Lunatic asylums Punjab 1911-1921 - 1911-1921
Year: 1911
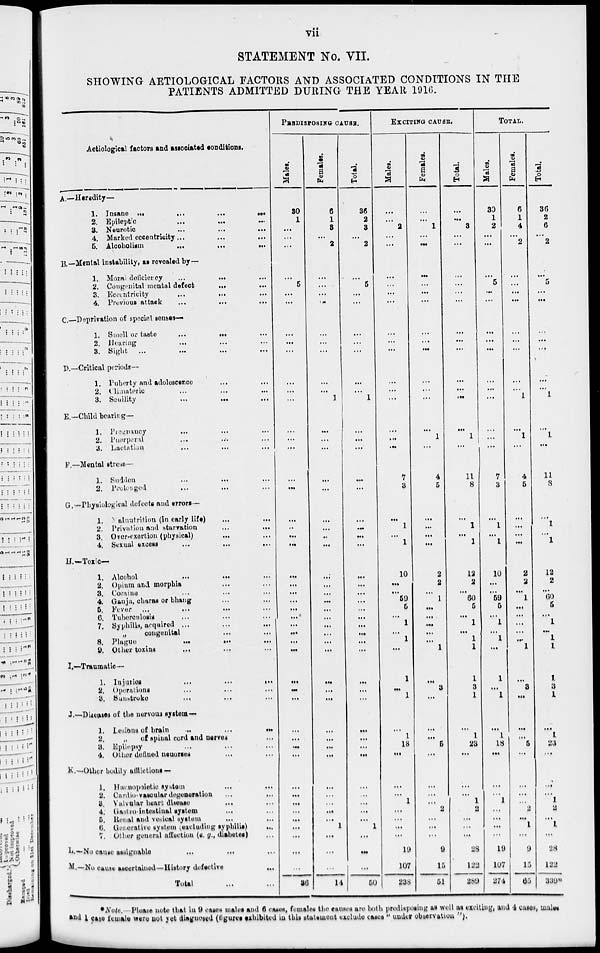
vii
STATEMENT No. VII.
SHOWING AETIOLOGICAL FACTORS AND ASSOCIATED CONDITIONS IN THE
PATIENTS ADMITTED DURING THE YEAR 1916.
Aetiological factors and associated conditions.
A.—Heredity—
1. Insane ... ... ... ...
2. Epileptic
...
...
...
3. Neurotic
...
...
...
4. Marked eccentricity ... ... ...
6. Alcoholism
...
...
...
B.—Mental instability, as revealed by—
1. Moral deficiency
... ... ...
2. Congenital mental defect
...
...
3. Eccentricity
...
...
...
4. Previous attack
...
...
...
C.—Deprivation of special senses—
1. Smell or taste
...
...
...
2. Hearing ... ... ...
3. Sight ...
...
...
...
D.—Critical periods —
1. Puberty and adoloscence ... ... ...
2. Climateric ... ... ...
3. Seuility
...
...
...
E.—Child bearing —
1. Pregnancy
... ... ...
2. Puerperal ... ... ...
3. Lactation
...
...
...
F. —Mental stress—
1. Sudden
...
...
...
2. Prolonged
...
...
...
G.—Physiological defects and errors —
1. Nalnutrition (in early life)
...
...
2. Privation and starvation
...
...
3. Over-exertion (physical) ... ...
4. Sexual excess
...
...
...
H.—Toxic —
1. Alcohol
...
...
...
2. Opium and morphia ... ... ...
3. Cocaine ... ... ...
4. Gauja, charas or bhang ... ... ...
5. Fever
...
...
...
6. Tuberculosis
...
...
...
7. Syphilis, acquired
...
...
...
„ congenital ... ...
8. Plague
...
...
...
9. Other toxins
...
...
...
I.—Traumatic —
1. Injuries
...
...
...
2. Operations ... ... ...
3. Sunstroke
...
...
...
J.—Diseases of the nervous system––
1. Lesians of brain
...
...
...
2.
„
of spinal cord and nerves ...
3. Epilepsy ... ... ...
4. Other defined neuorses ... ...
K.–– Other bodily afflictions —
1. Hæmnopoietic system
...
...
2. Cardio-vascular degeneration ...
...
3. Valvular heart disease
...
...
4. Gastro-intestinal system
...
5. Renal and vesical system
...
6. Generative system (excluding syphilis)
...
7. Other general affection (e. g., disbetes)
L.––No cause assignable
...
...
...
M.—No cause ascertained—History defective
...
Total ... ...
PREDISPOSING CAUSE.
Males.
30
1
...
...
...
...
5
...
...
...
...
...
...
...
...
...
...
...
...
...
...
...
...
...
...
...
...
...
...
...
...
...
...
...
...
...
...
...
...
...
...
...
...
...
...
...
...
...
...
...
36
Females.
6
1
3
...
2
...
...
...
...
...
...
...
...
1
...
...
...
...
...
...
...
...
...
...
...
...
...
...
...
...
...
...
...
...
...
...
...
...
...
...
...
...
...
...
...
1
...
...
...
14
Total.
36
2
3
...
2
...
5
...
...
...
...
...
...
...
1
...
...
...
...
...
...
...
...
...
...
...
...
...
...
...
...
...
...
...
...
...
...
...
...
...
...
...
...
...
...
1
...
...
...
50
EXCITING CAUSE.
Males.
...
...
2
...
...
...
...
...
...
...
...
...
...
...
...
...
...
...
7
3
...
1
...
1
10
...
...
59
5
...
1
...
1
...
1
...
1
...
1
18
...
...
...
1
...
...
...
...
19
107
238
Females.
...
...
1
...
...
...
...
...
...
...
...
...
...
...
...
...
1
...
4
5
...
...
...
...
2
2
...
1
...
...
...
...
...
1
...
3
...
...
...
6
...
...
...
...
2
...
...
...
9
15
51
Total.
...
...
3
...
...
...
...
...
...
...
...
...
...
...
...
...
1
...
11
8
...
1
...
1
12
2
...
60
5
...
1
...
1
1
1
3
1
...
1
23
...
...
...
1
2
...
...
...
28
122
289
TOTAL.
Males.
30
1
2
...
...
...
5
...
...
...
...
...
...
...
...
...
...
...
7
3
...
1
...
1
10
...
...
59
5
...
1
...
1
...
1
...
1
...
1
18
...
...
...
1
...
...
...
...
19
107
274
Females.
6
1
4
...
2
...
...
...
...
...
...
...
...
...
1
...
1
...
4
5
...
...
...
...
2
2
...
1
...
...
...
...
...
1
...
3
...
...
...
5
...
...
...
...
2
...
1
...
9
15
65
Total.
36
2
6
...
2
...
5
...
...
...
...
...
...
...
1
...
1
...
11
8
...
1
...
1
12
2
...
60
5
...
1
...
1
1
1
3 1
...
1
23
...
...
...
1
2
...
1
...
28
122
339*
*Note.—Please note that in 9 cases males and 6 cases, females the causes are both predisposing as well as exciting, and 4 cases, malse
and 1 case female were not yet diagnosed (figures exhibited in this statement exclude cases " under observation "